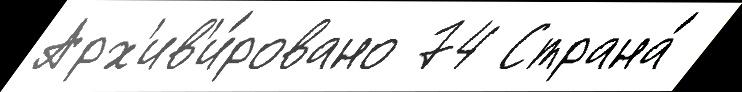
Арх'ив'и́ровано 74 Страна́